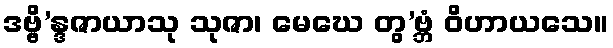
ဒဗ္ဗိ’န္ဒဇာယာသု သုဇာ၊ မေဃေ တွ’ဗ္ဘံ ဝိဟာယသေ။